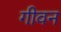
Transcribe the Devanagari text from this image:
गीवन